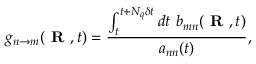
g _ { n \rightarrow m } ( \textbf { R } , t ) = \frac { \int _ { t } ^ { t + N _ { q } \delta t } d t \ b _ { m n } ( \textbf { R } , t ) } { a _ { n n } ( t ) } ,